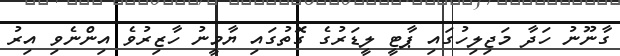
ގާނޫނު ހަދާ މަޖިލިހުގައި ޕާޓީ ލީޑަރުގެ ގޮތުގައި ޔާމީނު ހާޒިރުވެ އިންނެވި އިރު